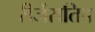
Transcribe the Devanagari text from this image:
रीजेंरातिव